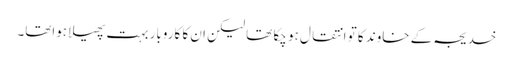
خدیجہ کے خاوند کا تو انتقال ہو چکا تھا لیکن ان کا کاروبار بہت پھیلا ہواتھا۔